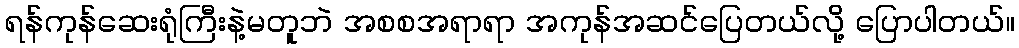
ရန်ကုန်ဆေးရုံကြီးနဲ့မတူဘဲ အစစအရာရာ အကုန်အဆင်ပြေတယ်လို့ ပြောပါတယ်။